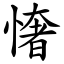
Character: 㦋